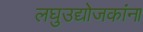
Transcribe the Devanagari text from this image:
लघुउद्योजकांना